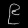
Digit: ၉